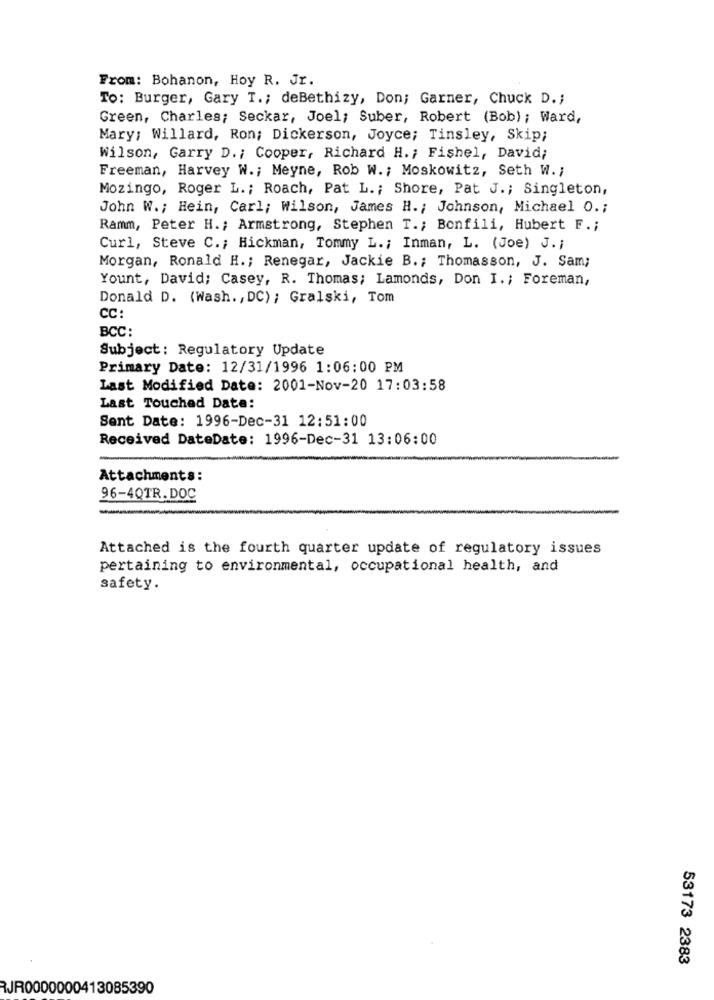
From: Bohanon, Hoy R. Jr.
To: Burger, Gary T .; deBethizy, Don; Garner, Chuck D .;
Green, Charles; Seckar, Joel; Suber, Robert (Bob); Ward,
Mary; Willard, Ron; Dickerson, Joyce; Tinsley, Skip;
Wilson, Garry D .; Cooper, Richard H .; Fishel, David;
Freeman, Harvey W .; Meyne, Rob W .; Moskowitz, Seth W. ;
Mozingo, Roger L .; Roach, Pat L. ; Shore, Pat J .; Singleton,
John W .; Hein, Carl; Wilson, James H .; Johnson, Michael 0 .;
Ramm, Peter H .; Armstrong, Stephen T .; Bonfili, Hubert F .;
Curl, Steve C .; Hickman, Tommy L .; Inman, L. (Joe) J .;
Morgan, Ronald H .; Renegar, Jackie B .; Thomasson, J. Sam;
Yount, David; Casey, R. Thomas; Lamonds, Don I. ; Foreman,
Donald D. (Wash. , DC) ; Gralski, Tom
CC:
BCC:
Subject: Regulatory Update
Primary Date: 12/31/1996 1:06:00 PM
Last Modified Date: 2001-Nov-20 17:03:58
Last Touched Date:
Sent Date: 1996-Dec-31 12:51:00
Received DateDate: 1996-Dec-31 13:06:00
Attachments:
96-40TR.DOC
-
Attached is the fourth quarter update of regulatory issues
pertaining to environmental, occupational health, and
safety.
53173 2383
RJR0000000413085390